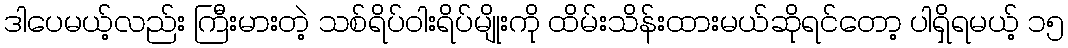
ဒါပေမယ့်လည်း ကြီးမားတဲ့ သစ်ရိပ်ဝါးရိပ်မျိုးကို ထိမ်းသိန်းထားမယ်ဆိုရင်တော့ ပါရှိရမယ့် ၁၅